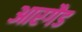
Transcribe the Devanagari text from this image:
आरगैड